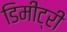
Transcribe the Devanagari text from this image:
डिमीट्री